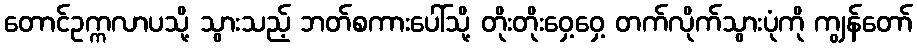
တောင်ဥက္ကလာပသို့ သွားသည့် ဘတ်စကားပေါ်သို့ တိုးတိုးဝှေ့ဝှေ့ တက်လိုက်သွားပုံကို ကျွန်တော်